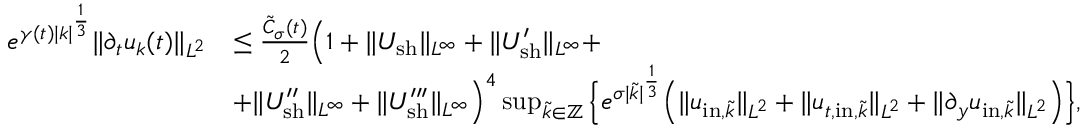
\begin{array} { r l } { e ^ { \gamma ( t ) | k | ^ { \frac { 1 } { 3 } } } \| \partial _ { t } u _ { k } ( t ) \| _ { L ^ { 2 } } } & { \leq \frac { \tilde { C } _ { \sigma } ( t ) } { 2 } \Big ( 1 + \| U _ { \mathrm { s h } } \| _ { L ^ { \infty } } + \| U _ { \mathrm { s h } } ^ { \prime } \| _ { L ^ { \infty } } + } \\ & { + \| U _ { \mathrm { s h } } ^ { \prime \prime } \| _ { L ^ { \infty } } + \| U _ { \mathrm { s h } } ^ { \prime \prime \prime } \| _ { L ^ { \infty } } \Big ) ^ { 4 } \operatorname* { s u p } _ { \tilde { k } \in \mathbb Z } \Big \{ e ^ { \sigma | \tilde { k } | ^ { \frac { 1 } { 3 } } } \Big ( \| u _ { \mathrm { i n } , \tilde { k } } \| _ { L ^ { 2 } } + \| u _ { t , \mathrm { i n } , \tilde { k } } \| _ { L ^ { 2 } } + \| \partial _ { y } u _ { \mathrm { i n } , \tilde { k } } \| _ { L ^ { 2 } } \Big ) \Big \} , } \end{array}